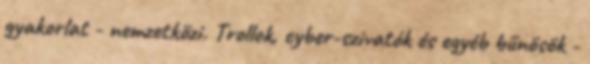
gyakorlat - nemzetközi. Trollok, cyber-szivatók és egyéb bűnösök -